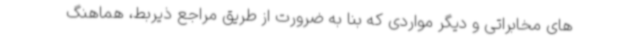
های مخابراتی و دیگر مواردی که بنا به ضرورت از طریق مراجع ذیربط، هماهنگ